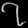
Digit: ၇